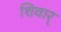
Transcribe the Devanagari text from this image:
शिवार्